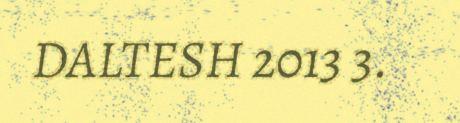
DALTESH 2013 3.